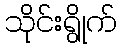
သိုင်းရွိုက်